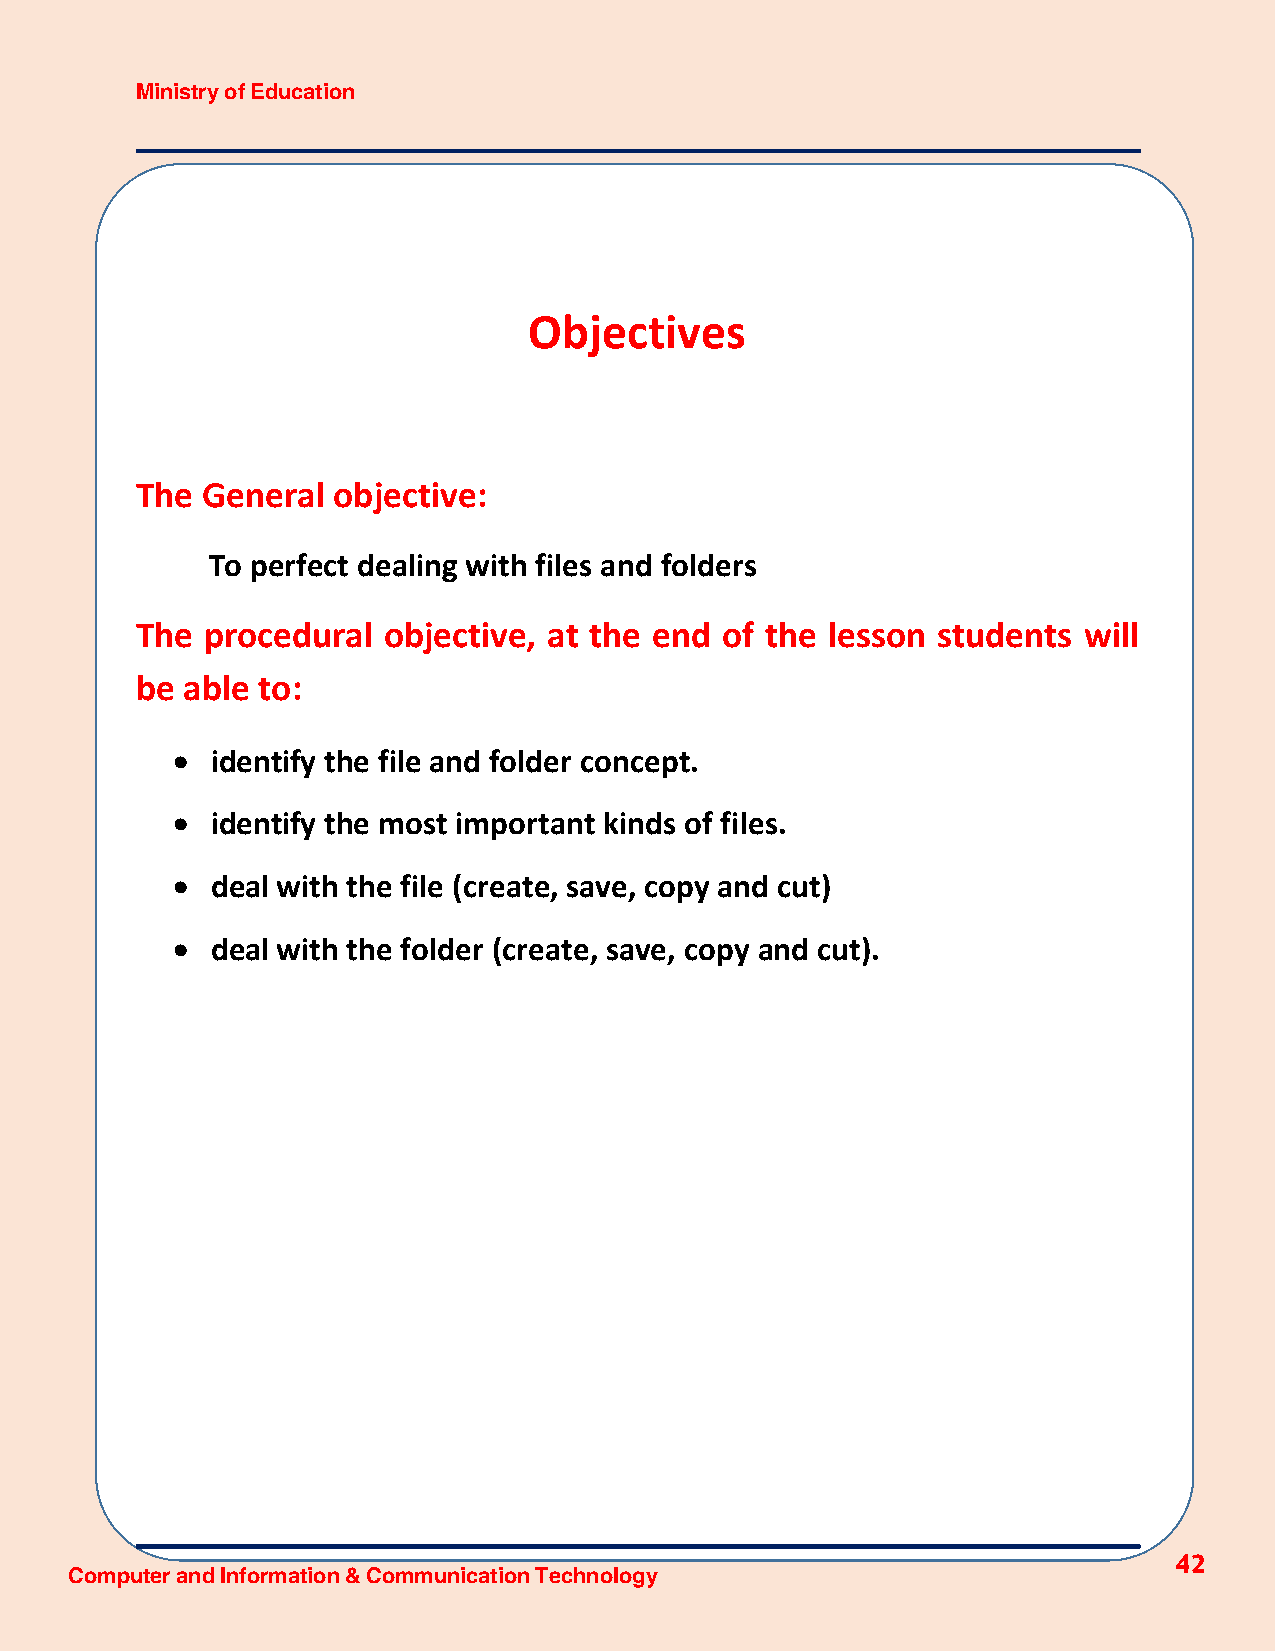
Ministry of Education
 Objectives
 The General  objective:
 To perfect dealing with files and folders
 The  procedural objective, at the end  of the lesson students  will
 be able to:
   identify the file and folder concept.
   identify the most important kinds of files.
   deal with the file (create, save, copy and cut)
   deal with the folder (create, save, copy and cut).
 42
 Computer and Information & Communication Technology